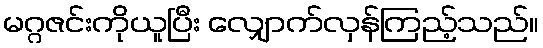
မဂ္ဂဇင်းကိုယူပြီး လျှောက်လှန်ကြည့်သည်။